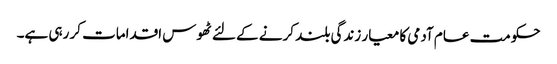
حکومت عام آدمی کا معیار زندگی بلند کرنے کے لئے ٹھوس اقدامات کر رہی ہے۔